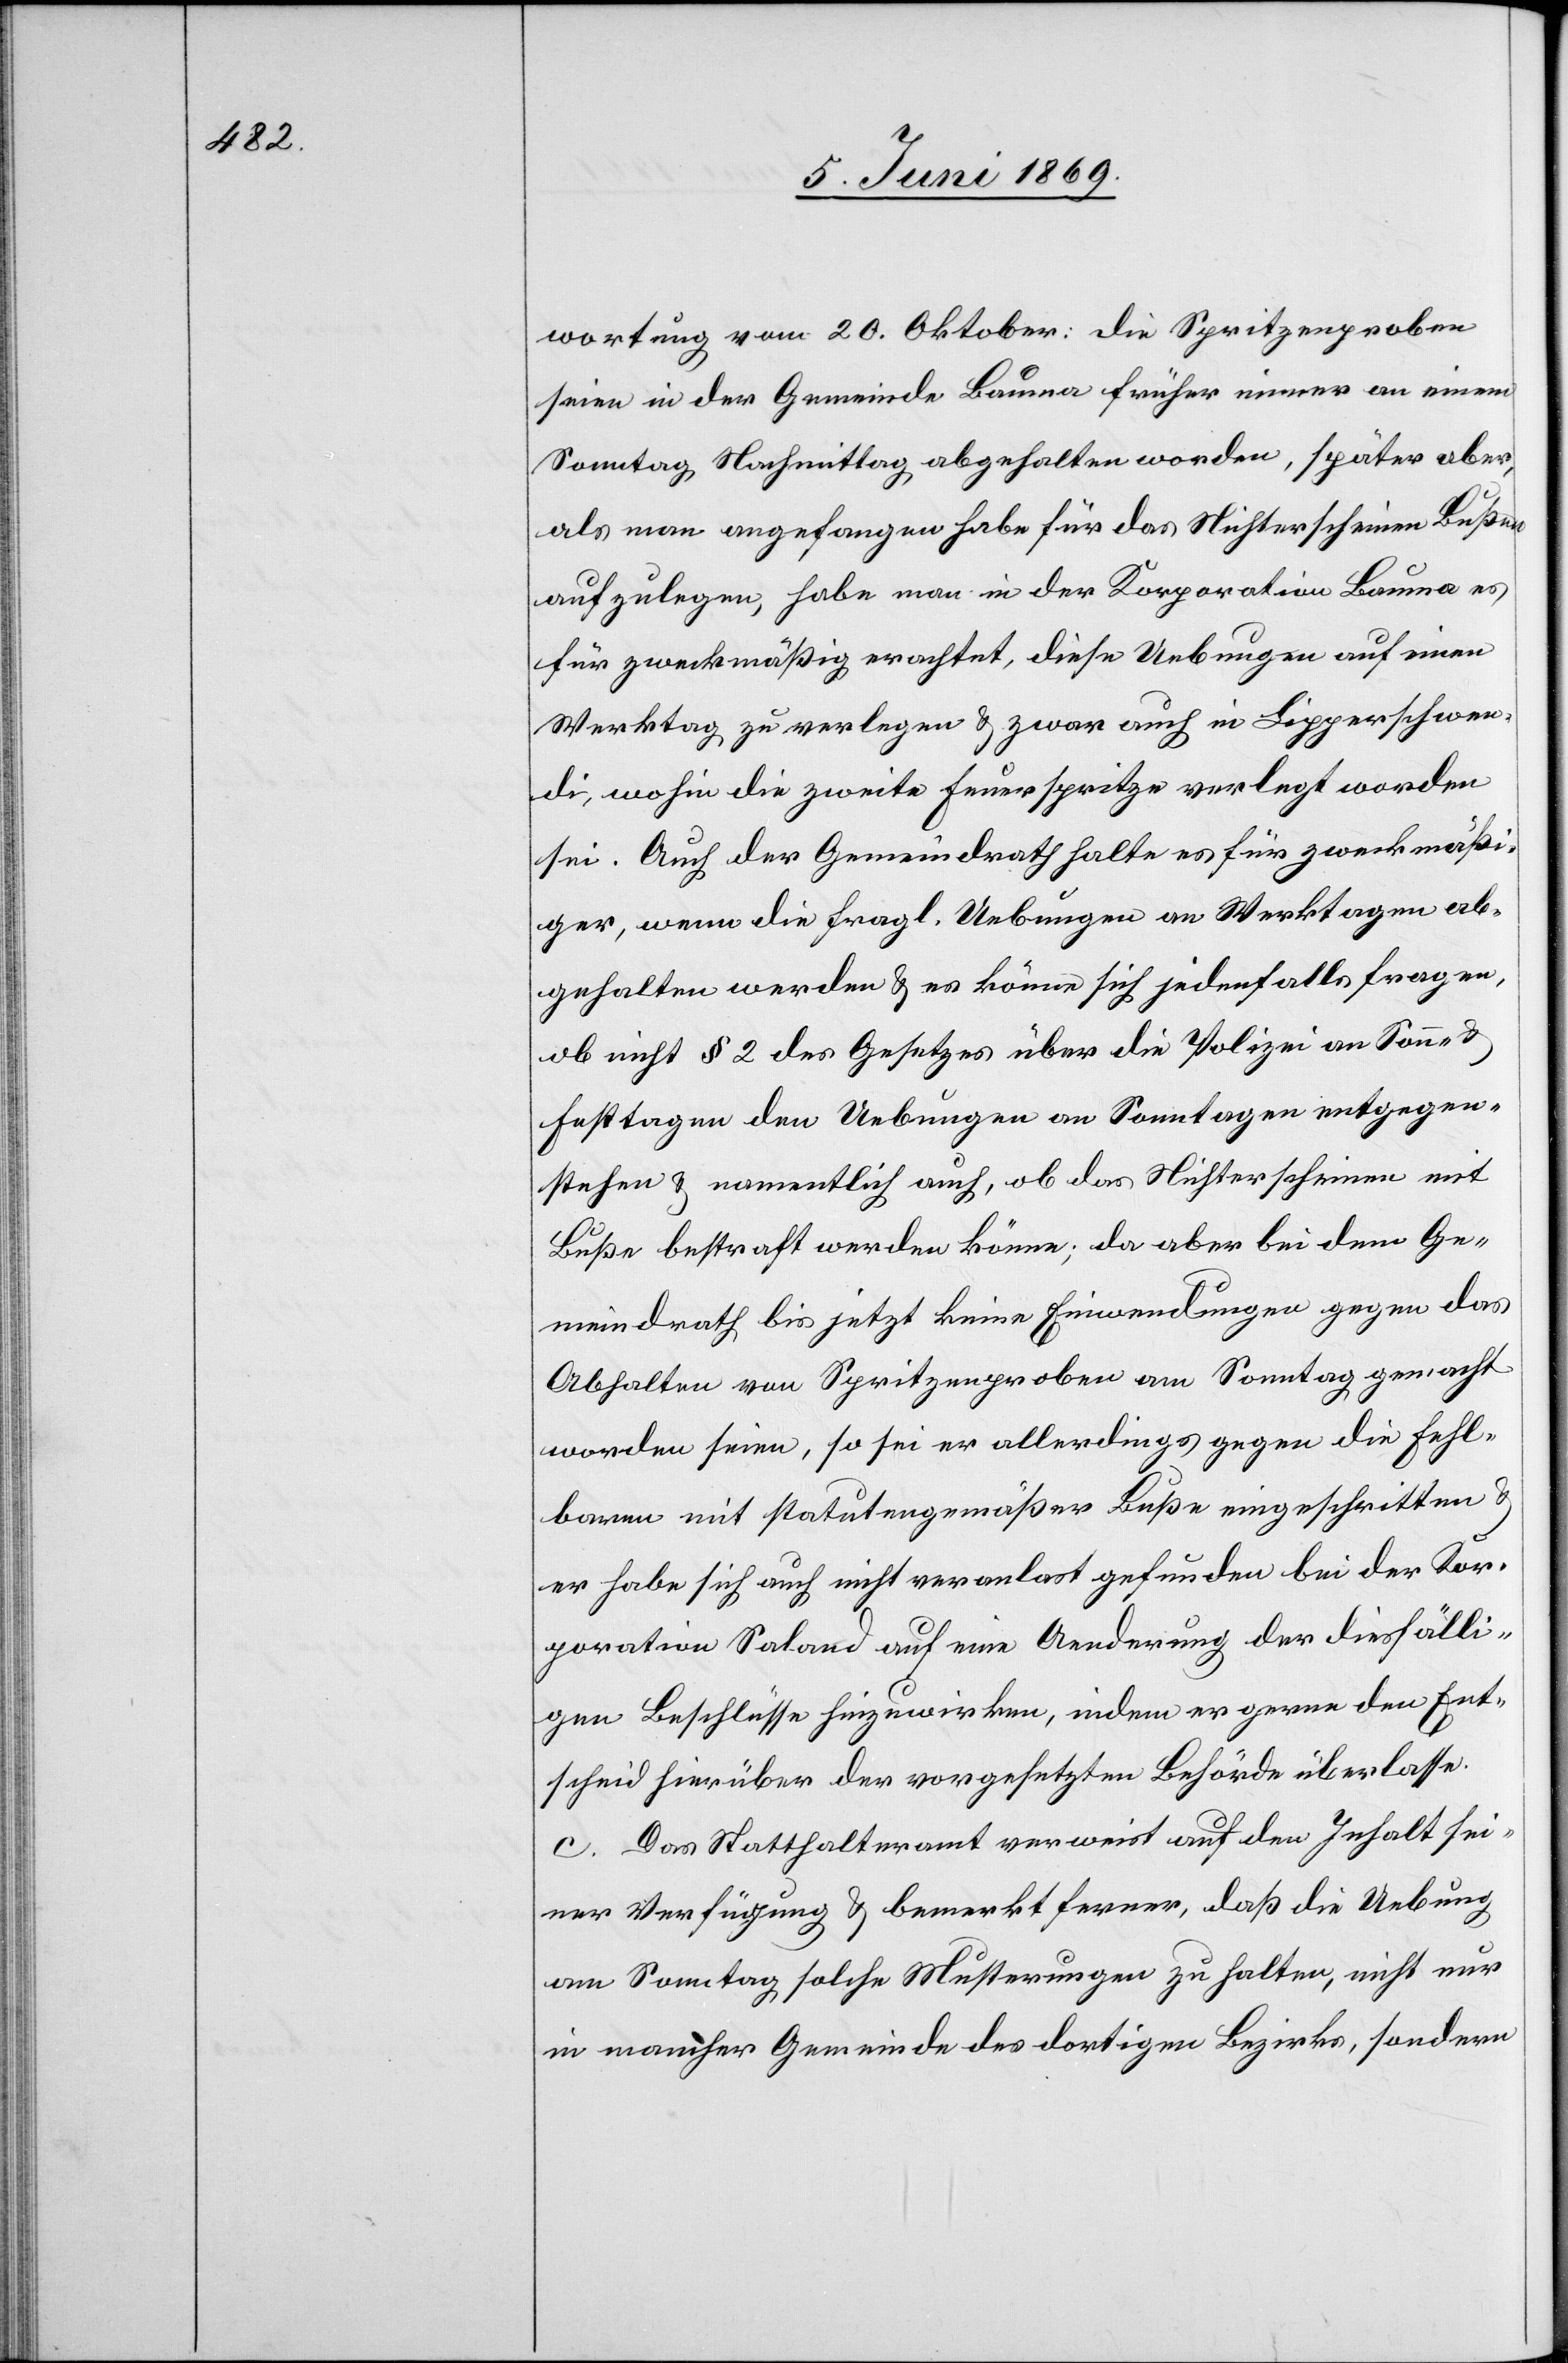
wortung vom 20. Oktober: Die Spritzenproben
seien in der Gemeinde Bauma früher immer an einem
Sonntag Nachmittag abgehalten worden, später aber,
als man angefangen habe für das Nichterscheinen Bußen
aufzulegen, habe man in der Korporation Bauma es
für zweckmäßig erachtet, diese Uebungen auf einen
Werktag zu verlegen, u. zwar auch in Lipperschwen¬
di, wohin die zweite Feuerspritze verlegt worden
sei. Auch der Gemeindrath halte es für zweckmäßi¬
ger, wenn die fragl. Uebungen an Werktagen ab¬
gehalten werden u. es könne sich jedenfalls fragen,
ob nicht § 2 des Gesetzes über die Polizei an Sonn-
Festtagen den Uebungen an Sonntagen entgegen¬
stehen u. namentlich auch, ob das Nichterscheinen mit
Buße bestraft werden könne; da aber bei dem Ge¬
meindrath bis jetzt keine Einwendungen gegen das
Abhalten von Spritzenproben an Sonntag gemacht
worden seien, so sei er allerdings gegen die Fehl¬
baren mit statutengemäßer Buße eingeschritten u.
er habe sich auch nicht veranlaßt gefunden bei der Kor¬
poration Saland auf eine Aenderung der diesfälli¬
gen Beschlüsse hinzuwirken, indem er gerne den Ent¬
scheid hierüber der vorgesetzten Behörde überlasse.
c. Das Statthalteramt verweist auf den Inhalt sei¬
ner Verfügung, u. bemerkt ferner, daß die Uebung
am Sonntag solche Musterungen zu halten, nicht nur
in mancher Gemeinde des dortigen Bezirks, sondern